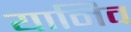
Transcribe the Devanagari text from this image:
यानिव